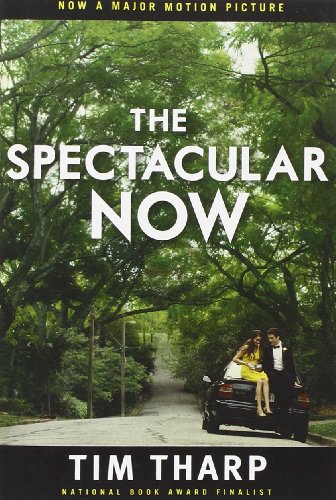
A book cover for The Spectacular Now; Tim Tharp; Teen & Young Adult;